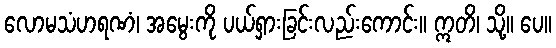
လောမသံဟရဏံ၊ အမွေးကို ပယ်ရှားခြင်းလည်းကောင်း။ ဣတိ၊ သို့။ ပေ။